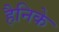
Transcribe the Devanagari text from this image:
हैनिके